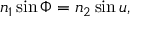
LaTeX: n _ { 1 } \sin \Phi = n _ { 2 } \sin u ,